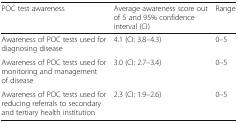
<table><thead><tr><td><b>POC test awareness</b></td><td><b>Average awareness score out of 5 and 95% confidence interval (CI)</b></td><td><b>Range</b></td></tr></thead><tbody><tr><td>Awareness of POC tests used for diagnosing disease</td><td>4.1 (CI: 3.8–4.3)</td><td>0–5</td></tr><tr><td>Awareness of POC tests used for monitoring and management of disease</td><td>3.0 (CI: 2.7–3.4)</td><td>0–5</td></tr><tr><td>Awareness of POC tests used for reducing referrals to secondary and tertiary health institution</td><td>2.3 (CI: 1.9–2.6)</td><td>0–5</td></tr></tbody></table>